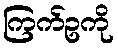
ကြက်ဥကို